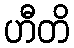
ဟီတိ